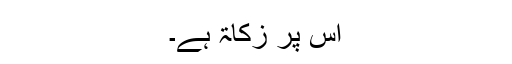
اس پر زکاۃ ہے۔